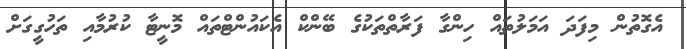
އެގޮތުން މިފަދަ އަމަލުތައް ހިންގާ ފަރާތްތަކުގެ ބޭންކް އެކައުންޓްތައް މޮނީޓާ ކުރުމާއި ތަހުގީގަށް